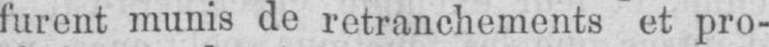
furent munis de retranchements et pro-